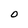
Character: O